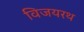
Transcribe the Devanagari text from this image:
विजयरथ